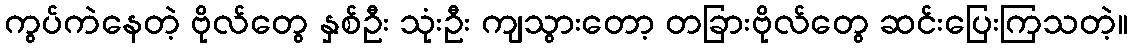
ကွပ်ကဲနေတဲ့ ဗိုလ်တွေ နှစ်ဦး သုံးဦး ကျသွားတော့ တခြားဗိုလ်တွေ ဆင်းပြေးကြသတဲ့။